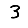
Digit: 3